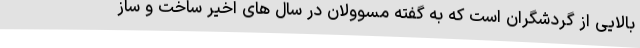
بالایی از گردشگران است که به گفته مسوولان در سال های اخیر ساخت و ساز